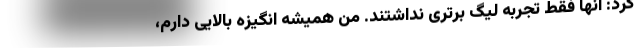
کرد: آنها فقط تجربه لیگ برتری نداشتند. من همیشه انگیزه بالایی دارم،